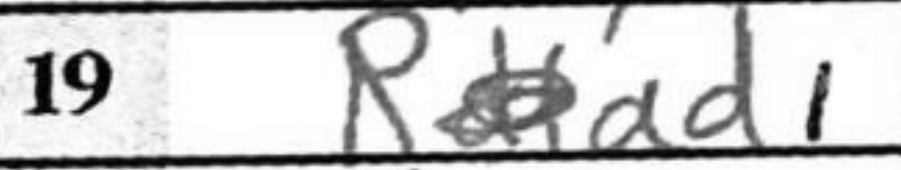
Transcription: Rad1